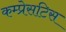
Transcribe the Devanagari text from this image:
कम्प्रेसटिस